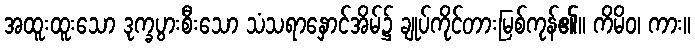
အထူးထူးသော ဒုက္ခပွားစီးသော သံသရာနှောင်အိမ်၌ ချုပ်ကိုင်တားမြစ်ကုန်၏။ ကိမိဝ၊ ကား။